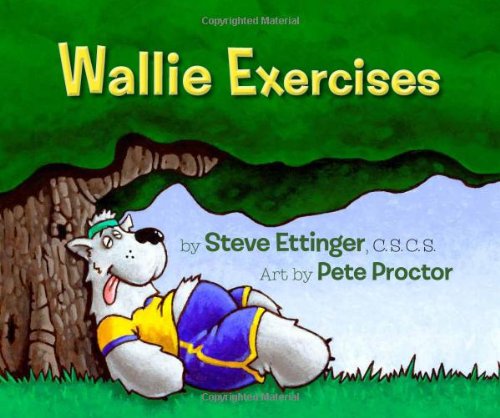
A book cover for Wallie Exercises; Steve Ettinger; Health, Fitness & Dieting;